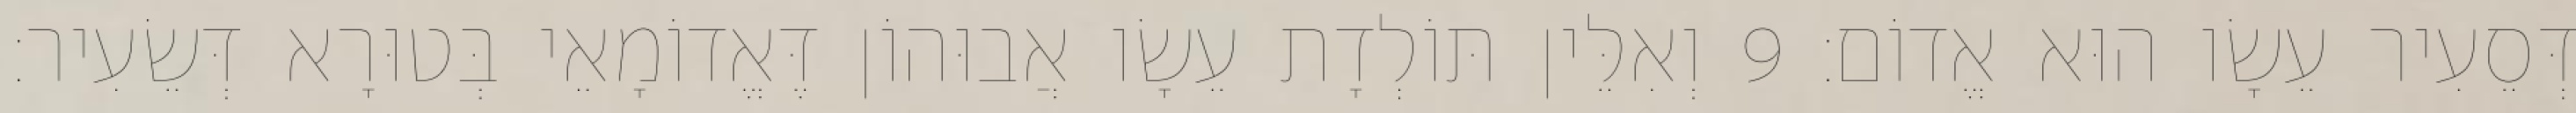
דְּסֵעִיר עֵשָׂו הוּא אֱדוֹם׃ 9 וְאִלֵּין תּוֹלְדָת עֵשָׂו אֲבוּהוֹן דֶּאֱדוֹמָאֵי בְּטוּרָא דְּשֵׂעִיר׃